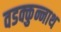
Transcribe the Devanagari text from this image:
वडक्कुन्नाथ